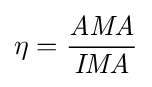
\eta ={\frac {\mathit {AMA}}{\mathit {IMA}}}